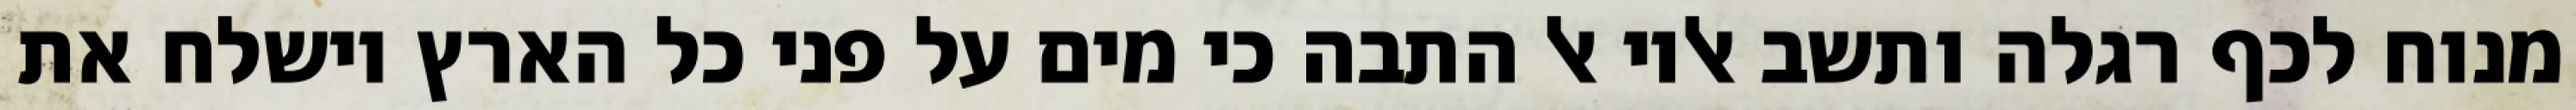
מנוח לכף רגלה ותשב אליו אל התבה כי מים על פני כל הארץ וישלח את